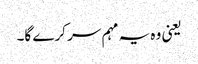
یعنی وہ یہ مہم سر کرے گا۔